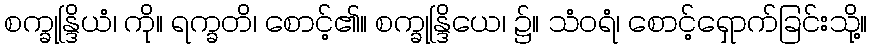
စက္ခုန္ဒြိယံ၊ ကို။ ရက္ခတိ၊ စောင့်၏။ စက္ခုန္ဒြိယေ၊ ၌။ သံဝရံ၊ စောင့်ရှောက်ခြင်းသို့။